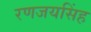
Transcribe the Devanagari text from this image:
रणजयसिंह